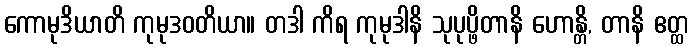
ကောမုဒိယာတိ ကုမုဒဝတိယာ။ တဒါ ကိရ ကုမုဒါနိ သုပုပ္ဖိတာနိ ဟောန္တိ, တာနိ ဧတ္ထ